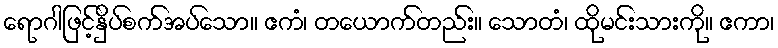
ရောဂါဖြင့်နှိပ်စက်အပ်သော။ ဧကံ၊ တယောက်တည်း။ သောတံ၊ ထိုမင်းသားကို။ ဧကာ၊